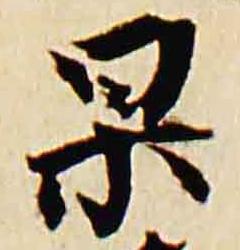
杲